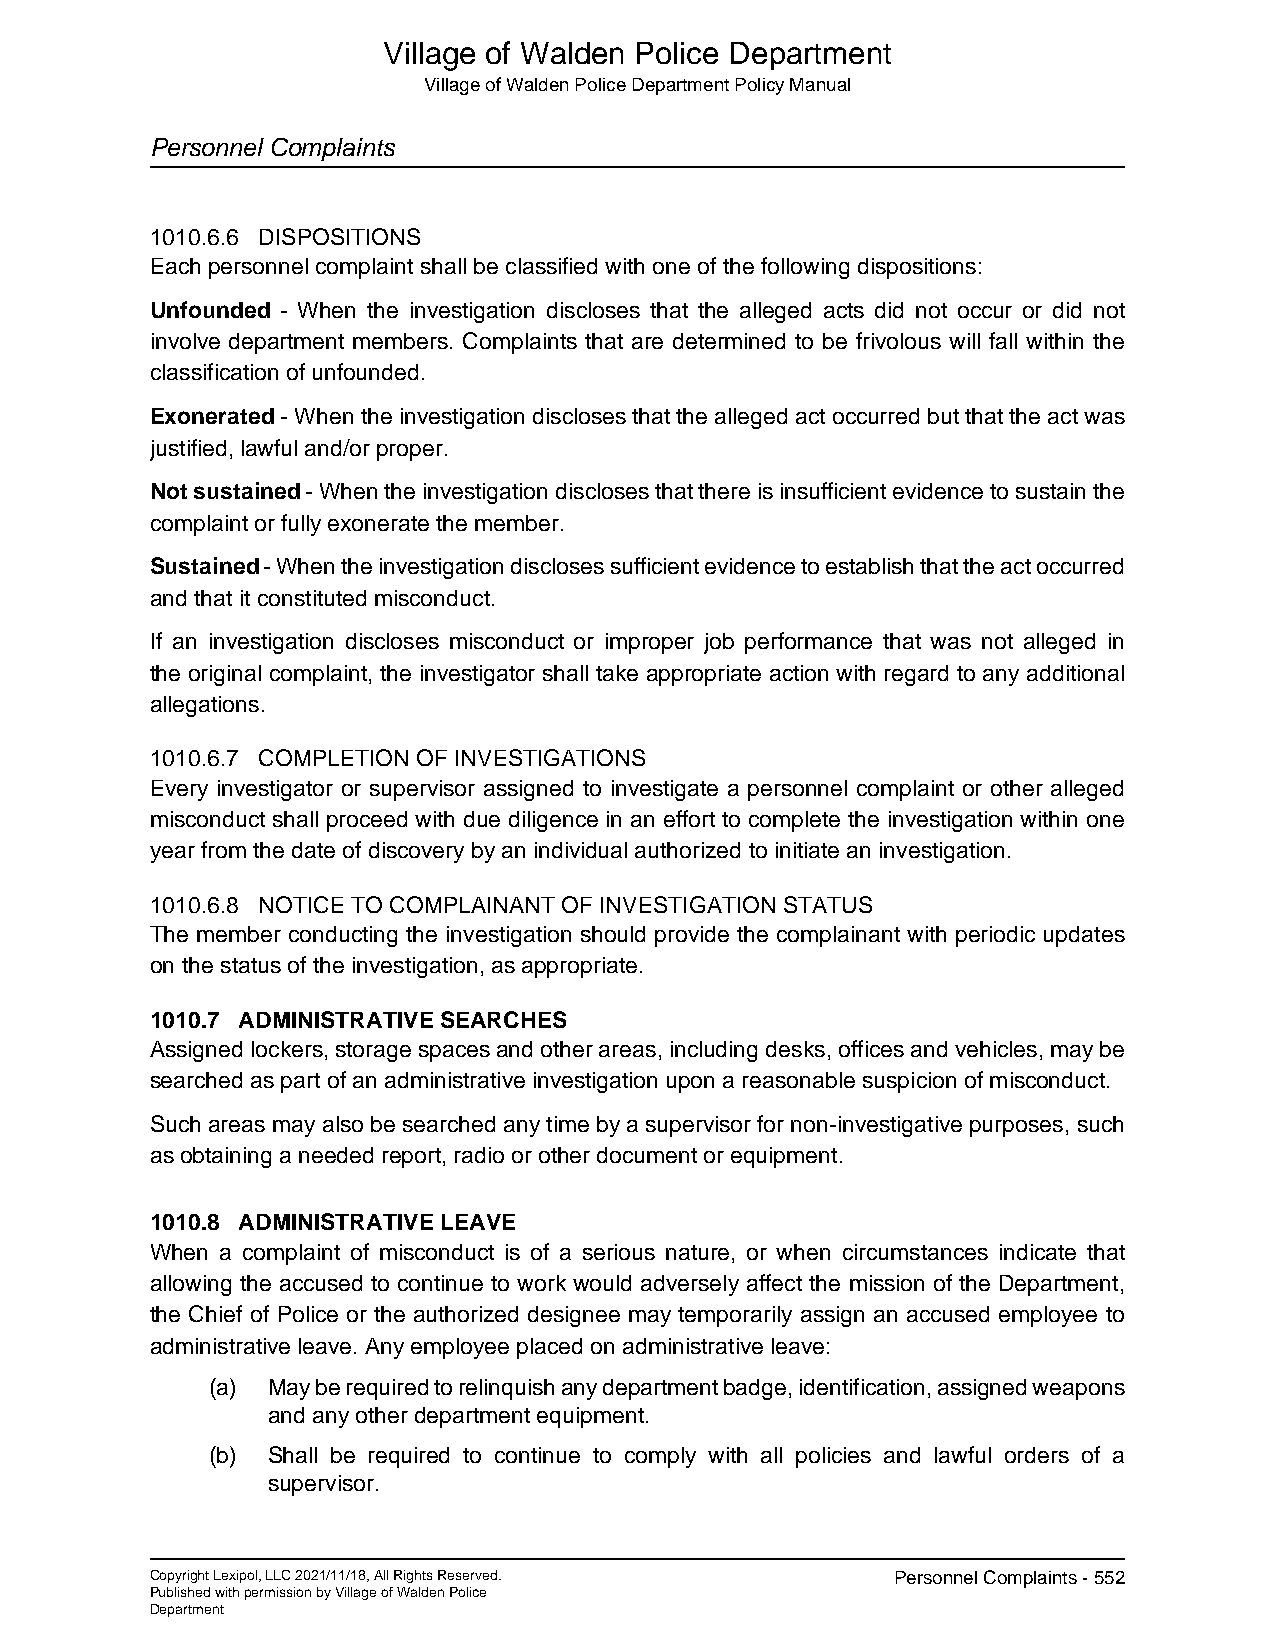
Village of Walden Police Department
 Village of Walden Police Department Policy Manual
 Personnel Complaints
 1010.6.6 DISPOSITIONS
 Each personnel complaint shall be classified with one of the following dispositions:
 Unfounded - When the investigation discloses that the alleged acts did not occur or did not
 involve department members. Complaints that are determined to be frivolous will fall within the
 classification of unfounded.
 Exonerated - When the investigation discloses that the alleged act occurred but that the act was
 justified, lawful and/or proper.
 Not sustained - When the investigation discloses that there is insufficient evidence to sustain the
 complaint or fully exonerate the member.
 Sustained - When the investigation discloses sufficient evidence to establish that the act occurred
 and that it constituted misconduct.
 If an investigation discloses misconduct or improper job performance that was not alleged in
 the original complaint, the investigator shall take appropriate action with regard to any additional
 allegations.
 1010.6.7 COMPLETION OF INVESTIGATIONS
 Every investigator or supervisor assigned to investigate a personnel complaint or other alleged
 misconduct shall proceed with due diligence in an effort to complete the investigation within one
 year from the date of discovery by an individual authorized to initiate an investigation.
 1010.6.8 NOTICE TO COMPLAINANT OF INVESTIGATION STATUS
 The member conducting the investigation should provide the complainant with periodic updates
 on the status of the investigation, as appropriate.
 1010.7 ADMINISTRATIVE SEARCHES
 Assigned lockers, storage spaces and other areas, including desks, offices and vehicles, may be
 searched as part of an administrative investigation upon a reasonable suspicion of misconduct.
 Such areas may also be searched any time by a supervisor for non-investigative purposes, such
 as obtaining a needed report, radio or other document or equipment.
 1010.8 ADMINISTRATIVE LEAVE
 When a complaint of misconduct is of a serious nature, or when circumstances indicate that
 allowing the accused to continue to work would adversely affect the mission of the Department,
 the Chief of Police or the authorized designee may temporarily assign an accused employee to
 administrative leave. Any employee placed on administrative leave:
 (a) May be required to relinquish any department badge, identification, assigned weapons
 and any other department equipment.
 (b) Shall be required to continue to comply with all policies and lawful orders of a
 supervisor.
 Copyright Lexipol, LLC 2021/11/18, All Rights Reserved. Personnel Complaints - 552
 Published with permission by Village of Walden Police
 Department